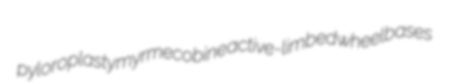
pyloroplasty myrmecobine active-limbed wheelbases